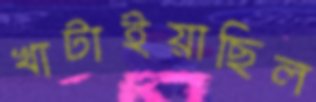
খাটাইয়াছিল